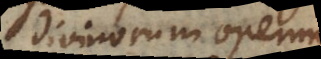
divinorum operum